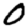
Digit: 0